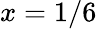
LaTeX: x=1/6